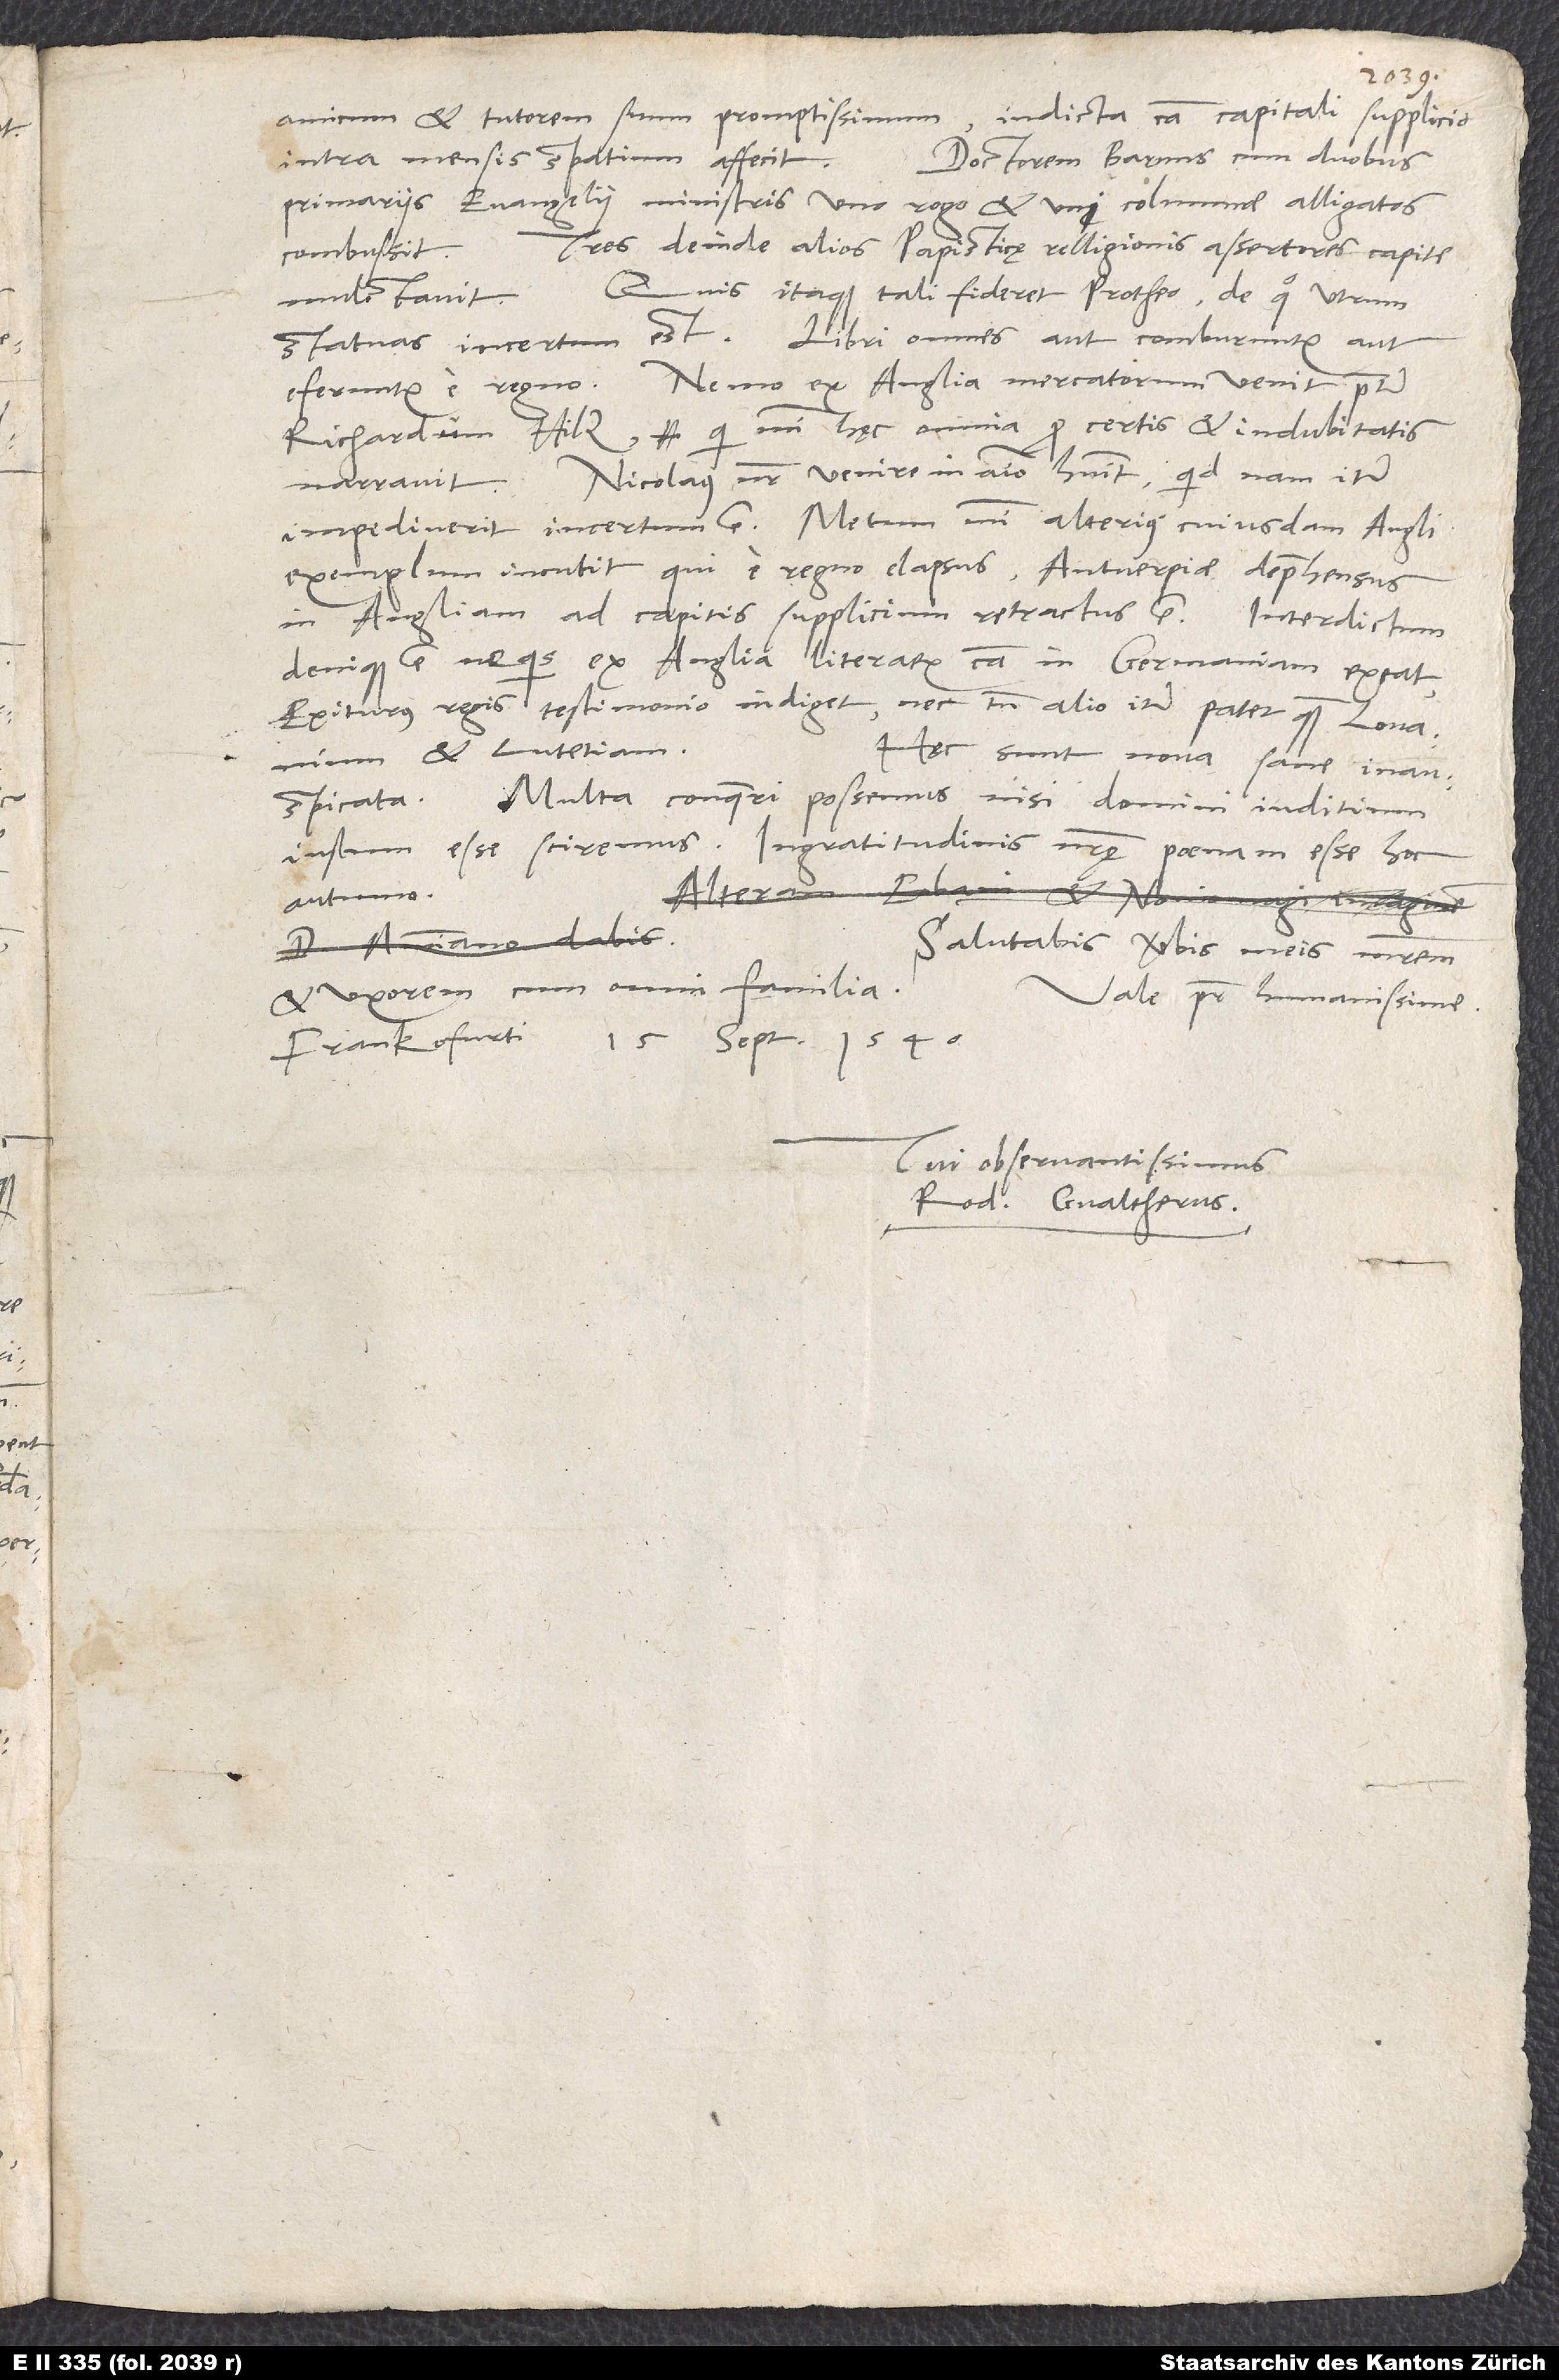
amicum et tutorem suum promptissimum, indicta causa capitali supplicio
intra mensis spatium affecit. Doctorem Barnns cum duobus
primariis evangelii ministris uno rogo et uni columnae alligatos
Tres deinde alios papisticę relligionis assertores capite
combussit.
Quis itaque tali fideret Protheo, de quo utrum
mulctavit.
statuas, incertum est. Libri omnes aut comburuntur aut
eferuntur e regno. Nemo ex Anglia mercatorum venit praeter
Richardum Hilz, qui mihi hęc omnia pro certis et indubitatis
Nicolaus noster venire in animo habuit; quid nam iter
impediverit, incertum est. Metum mihi alterius cuiusdam Angli
exemplum incutit, qui e regno elapsus, Antverpiae deprehensus
in Angliam ad capitis supplicium retractus est. Interdictum
denique est, ne quis ex Anglia literarum causa in Germaniam exeat.
Exiturus regis testimonio indiget, nec tamen alio iter patet quam Lovanium
et Lutetiam.
Hęc sunt nova sane inauspicata.
Multa conqueri possemus, nisi domini iuditium
iustum esse sciremus. Ingratitudinis nostrę poenam esse hoc
autumo.
Salutabis verbis meis matrem
et uxorem cum omni familia.
Vale, pater humanissime.
Frankofurti, 15. septembris 1540.
Tui observantissimus
Rod. Gvaltherus.